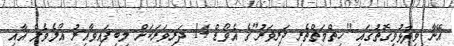
އޭނާ ވިދާޅުވިގޮތުގައި "ހިތްމަތްތެރި ދަރިވަރު"ގެ އެވޯޑް 14 ދަރިވަރަކަށް ލިބިފައިވާއިރު އޯލެވެލް އާއި